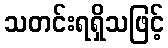
သတင်းရရှိသဖြင့်